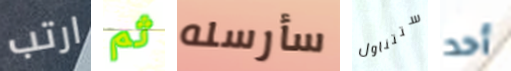
ارتب ثم سأرسله ستتناول أحد